Indian journal of veterinary science and animal husbandry - Volume 12,
Year: 1942
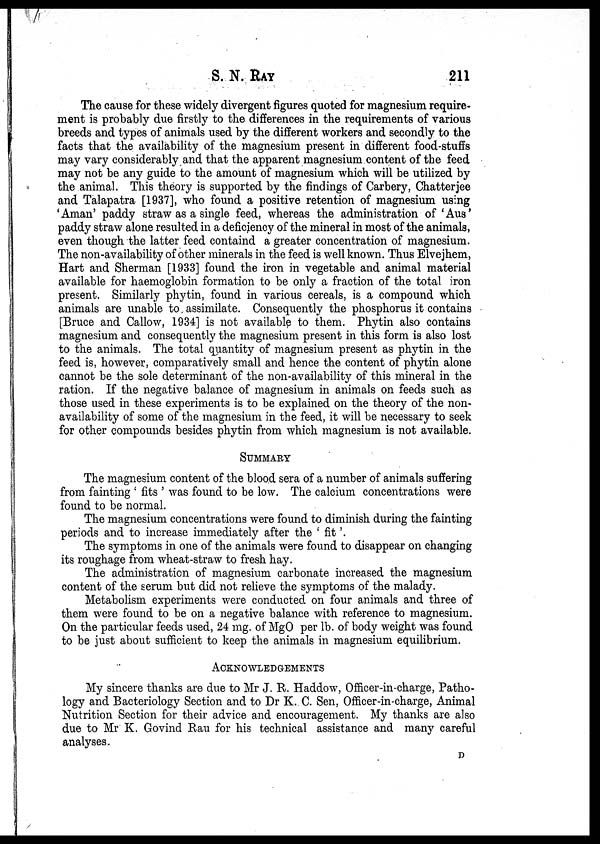
S. N. RAY 211
The cause for these widely divergent figures quoted for magnesium require-
ment is probably due firstly to the differences in the requirements of various
breeds and types of animals used by the different workers and secondly to the
facts that the availability of the magnesium present in different food-stuffs
may vary considerably and that the apparent magnesium content of the feed
may not be any guide to the amount of magnesium which will be utilized by
the animal. This theory is supported by the findings of Carbery, Chatterjee
and Talapatra [1937], who found a positive retention of magnesium using
'Aman' paddy straw as a single feed, whereas the administration of 'Aus'
paddy straw alone resulted in a deficiency of the mineral in most of the animals,
even though the latter feed containd a greater concentration of magnesium.
The non-availability of other minerals in the feed is well known. Thus Elvejhem,
Hart and Sherman [1933] found the iron in vegetable and animal material
available for haemoglobin formation to be only a fraction of the total iron
present. Similarly phytin, found in various cereals, is a compound which
animals are unable to assimilate. Consequently the phosphorus it contains
[Bruce and Callow, 1934] is not available to them. Phytin also contains
magnesium and consequently the magnesium present in this form is also lost
to the animals. The total quantity of magnesium present as phytin in the
feed is, however, comparatively small and hence the content of phytin alone
cannot be the sole determinant of the non-availability of this mineral in the
ration. If the negative balance of magnesium in animals on feeds such as
those used in these experiments is to be explained on the theory of the non-
availability of some of the magnesium in the feed, it will be necessary to seek
for other compounds besides phytin from which magnesium is not available.
SUMMARY
The magnesium content of the blood sera of a number of animals suffering
from fainting ' fits ' was found to be low. The calcium concentrations were
found to be normal.
The magnesium concentrations were found to diminish during the fainting
periods and to increase immediately after the ' fit'.
The symptoms in one of the animals were found to disappear on changing
its roughage from wheat-straw to fresh hay.
The administration of magnesium carbonate increased the magnesium
content of the serum but did not relieve the symptoms of the malady.
Metabolism experiments were conducted on four animals and three of
them were found to be on a negative balance with reference to magnesium.
On the particular feeds used, 24 mg. of MgO per lb. of body weight was found
to be just about sufficient to keep the animals in magnesium equilibrium.
ACKNOWLEDGEMENTS
My sincere thanks are due to Mr J. R. Haddow, Officer-in-charge, Patho-
logy and Bacteriology Section and to Dr K. C. Sen, Officer-in-charge, Animal
Nutrition Section for their advice and encouragement. My thanks are also
due to Mr K. Govind Rau for his technical assistance and many careful
analyses.
D